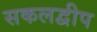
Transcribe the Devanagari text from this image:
सकलद्वीप